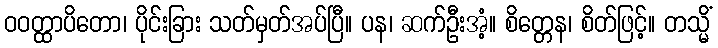
ဝဝတ္ထာပိတော၊ ပိုင်းခြား သတ်မှတ်အပ်ပြီ။ ပန၊ ဆက်ဦးအံ့။ စိတ္တေန၊ စိတ်ဖြင့်။ တသ္မိံ